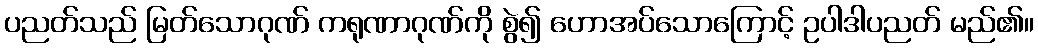
ပညတ်သည် မြတ်သောဂုဏ် ကရုဏာဂုဏ်ကို စွဲ၍ ဟောအပ်သောကြောင့် ဥပါဒါပညတ် မည်၏။